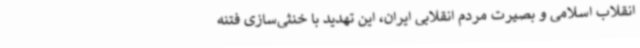
انقلاب اسلامی و بصیرت مردم انقلابی ایران، این تهدید با خنثی‌سازی فتنه